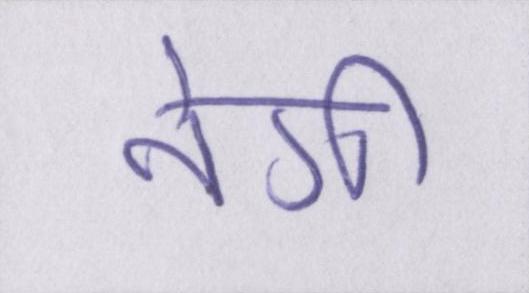
नेगी